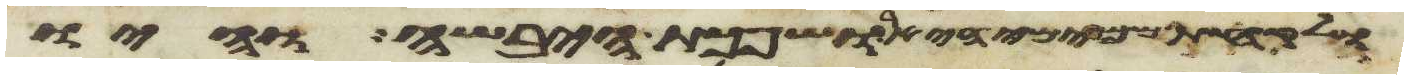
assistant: ולקחת ממימי היאר ושפכת היבשה והיו